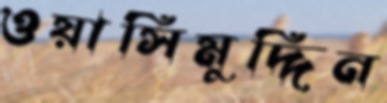
ওয়াসিমুদ্দিন